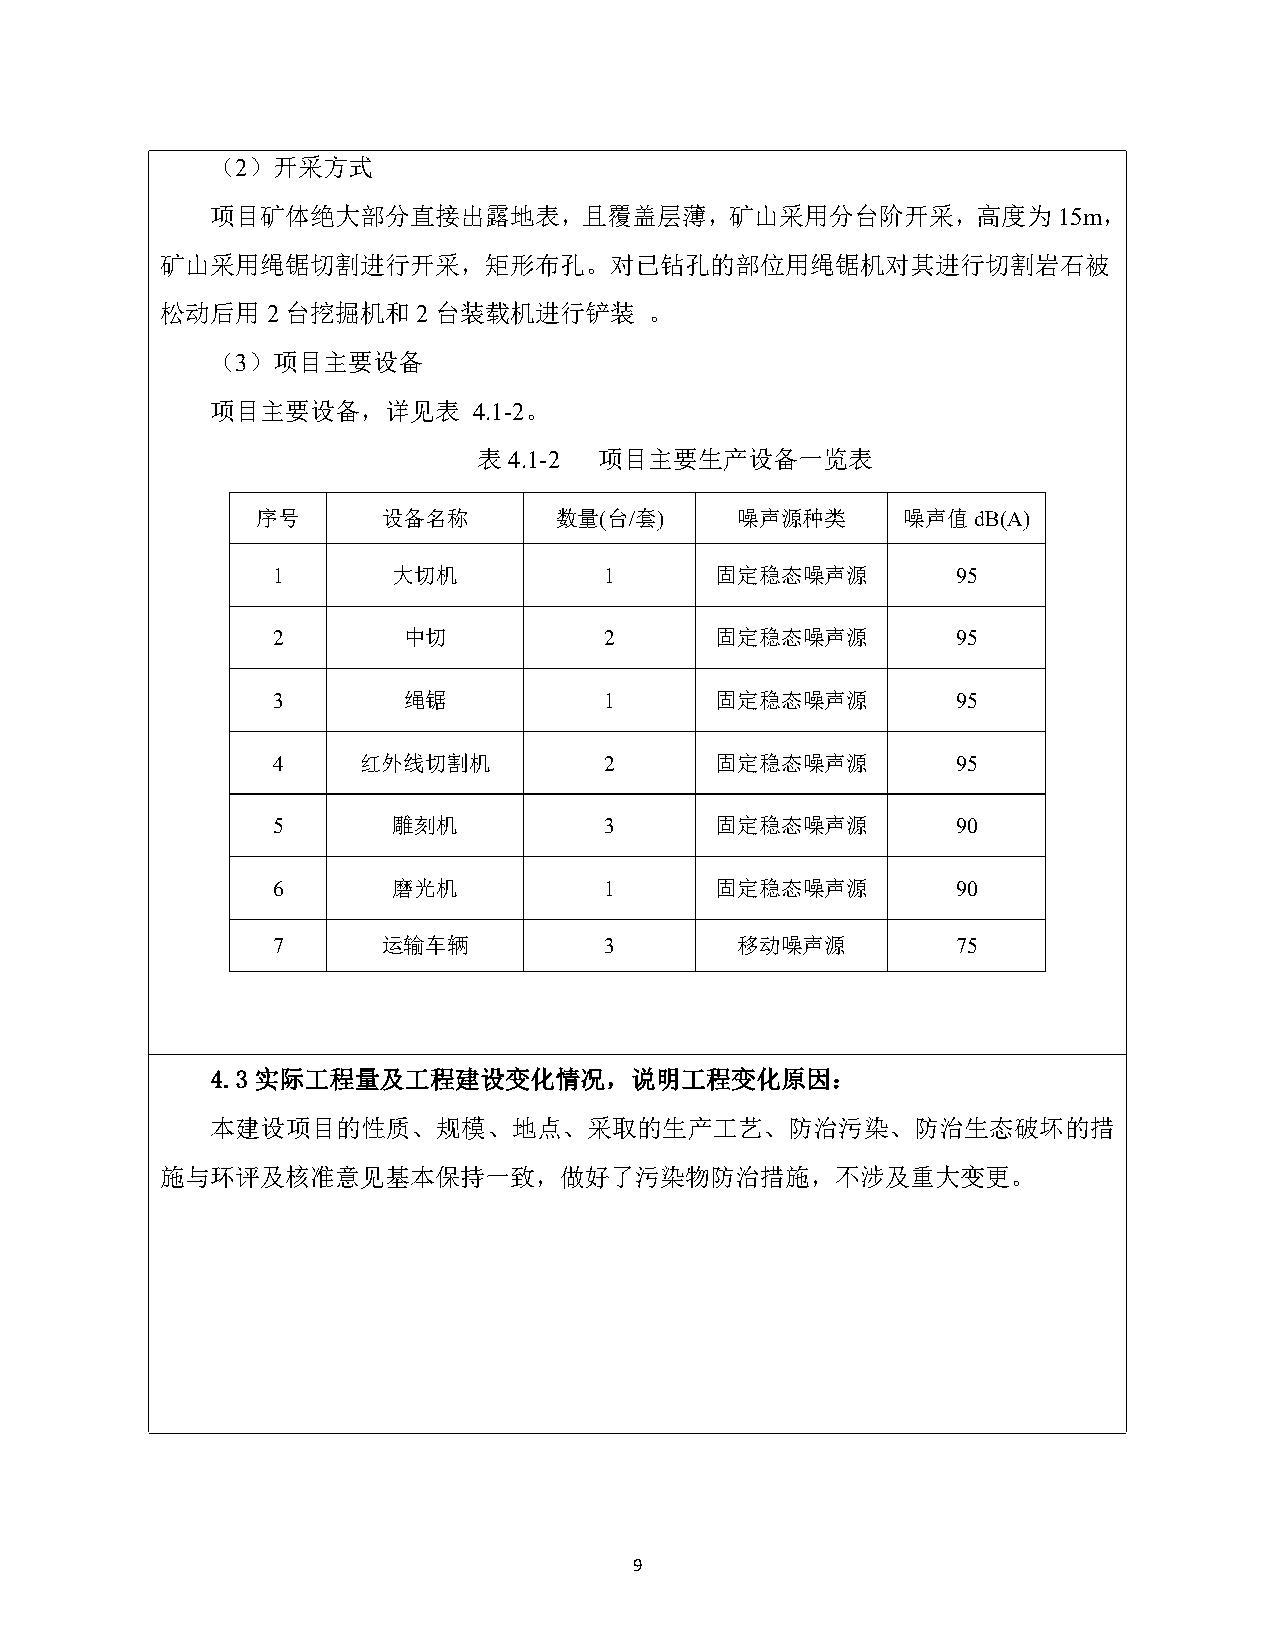
（2）开采方式
 项目矿体绝大部分直接出露地表，且覆盖层薄，矿山采用分台阶开采，高度为15m，
 矿山采用绳锯切割进行开采，矩形布孔。对已钻孔的部位用绳锯机对其进行切割岩石被
 松动后用2台挖掘机和2台装载机进行铲装             。
 （3）项目主要设备
 项目主要设备，详见表       4.1-2。
 表4.1-2  项目主要生产设备一览表
 序号      设备名称        数量(台/套)     噪声源种类      噪声值dB(A)
 1       大切机           1      固定稳态噪声源         95
 2        中切           2      固定稳态噪声源         95
 3        绳锯           1      固定稳态噪声源         95
 4     红外线切割机          2      固定稳态噪声源         95
 5       雕刻机           3      固定稳态噪声源         90
 6       磨光机           1      固定稳态噪声源         90
 7      运输车辆           3        移动噪声源         75
 4.3 实际工程量及工程建设变化情况，说明工程变化原因：
 本建设项目的性质、规模、地点、采取的生产工艺、防治污染、防治生态破坏的措
 施与环评及核准意见基本保持一致，做好了污染物防治措施，不涉及重大变更。
 9